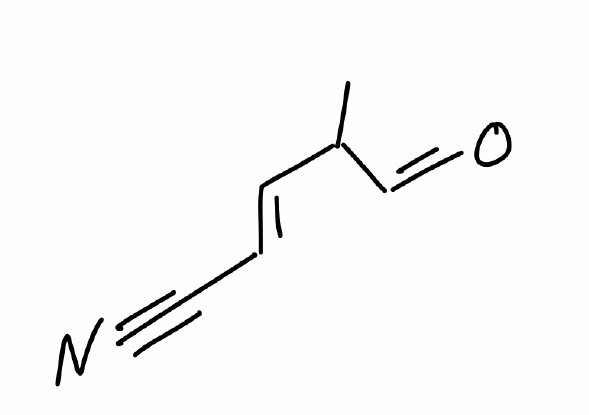
Simplified molecular-input line-entry system (SMILES) notation of the given molecule:
CC(/C=C/C#N)C=O